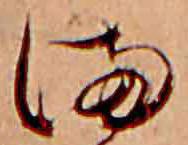
ま